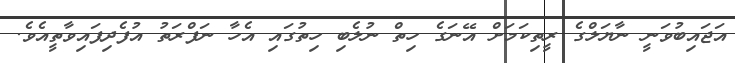
އަޖައިބުވަނީ ނާޔަލްގެ ރީތިކަމަށް އޭނަގެ ހިތް ނުލެބި ހިތުގައި އެހާ ނަފްރަތު އުފެދިފައިވާތީއެވެ.